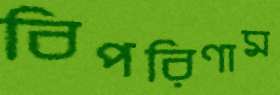
বিপরিণাম